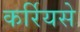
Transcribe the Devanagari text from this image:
कर्रियसे